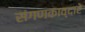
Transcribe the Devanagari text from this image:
संगणकाव्दारे